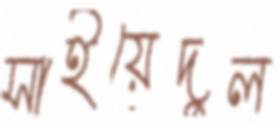
সাইয়েদুল